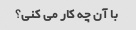
با آن چه کار می کنی؟